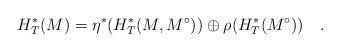
LaTeX: \begin{align*} H^*_T(M)= \eta^*(H^*_T(M,M^\circ))\oplus \rho(H^*_T(M^\circ)) \quad.\end{align*}